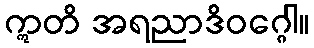
ဣတိ အရညာဒိဝဂ္ဂေါ။